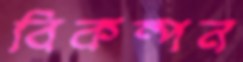
বিকম্পন